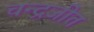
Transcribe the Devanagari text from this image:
चन्द्रजीत